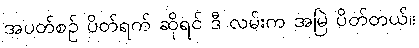
အပတ်စဉ် ပိတ်ရက် ဆိုရင် ဒီ လမ်းက အမြဲ ပိတ်တယ်။